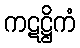
ကဋဋ္ဌိကံ